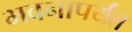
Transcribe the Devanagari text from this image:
भवनापर्यंत